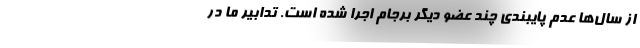
از سال‌ها عدم پایبندی چند عضو دیگر برجام اجرا شده است. تدابیر ما در